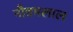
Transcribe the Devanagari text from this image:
नौत्तमलाल